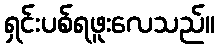
ရှင်းပစ်ရဖူးလေသည်။